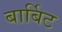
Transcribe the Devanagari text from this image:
बार्बिट